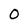
Character: 0